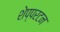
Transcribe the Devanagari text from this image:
शेप्परटन